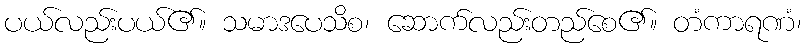
ပယ်လည်းပယ်၏။ သမာဒပေသိစ၊ ဆောက်လည်းတည်စေ၏။ တံကာရဏံ၊